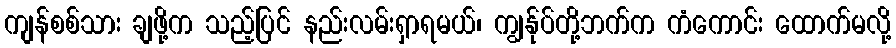
ကျန်စစ်သား ချဖို့က သည့်ပြင် နည်းလမ်းရှာရမယ်၊ ကျွန်ုပ်တို့ဘက်က ကံကောင်း ထောက်မလို့